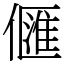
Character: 㒑